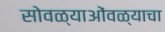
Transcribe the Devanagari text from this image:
सोवळ्याओंवळ्याचा